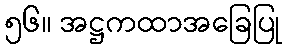
၅၆။ အဋ္ဌကထာအခြေပြု